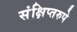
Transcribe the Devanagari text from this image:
संक्षिप्तरुपे